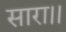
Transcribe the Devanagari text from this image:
सारा।।